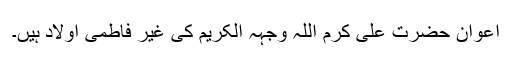
اعوان حضرت علی کرم اللہ وجہہ الکریم کی غیر فاطمی اولاد ہیں۔